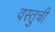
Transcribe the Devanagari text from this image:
वस्तुची